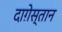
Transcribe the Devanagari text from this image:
दाग़ेस्तान